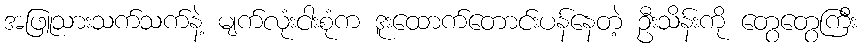
အဖြူသားသက်သက်နဲ့ မျက်လုံးငါးစုံက ဒူးထောက်တောင်းပန်နေတဲ့ ဦးသိန်းကို တွေတွေကြီး